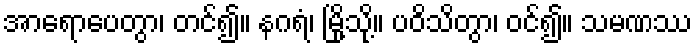
အာရောပေတွာ၊ တင်၍။ နဂရံ၊ မြို့သို့။ ပဝိသိတွာ၊ ဝင်၍။ သမဏဿ